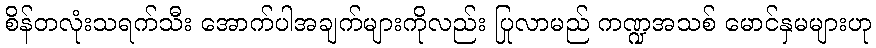
စိန်တလုံးသရက်သီး အောက်ပါအချက်များကိုလည်း ပြုလာမည် ကဏ္ဍအသစ် မောင်နှမများဟု